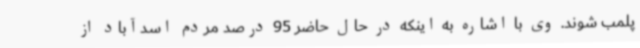
پلمب شوند. وی با اشاره به اینکه در حال حاضر 95 درصد مردم اسدآباد از